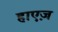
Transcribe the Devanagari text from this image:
हाएज़